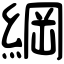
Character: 綱